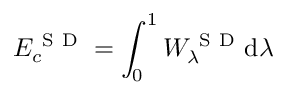
E _ { c } ^ { \mathrm { ~ S ~ D ~ } } = \int _ { 0 } ^ { 1 } W _ { \lambda } ^ { \mathrm { ~ S ~ D ~ } } \mathrm { d } \lambda